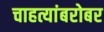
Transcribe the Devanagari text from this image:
चाहत्यांबरोबर